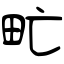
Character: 甿